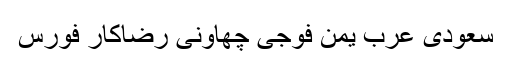
سعودی عرب یمن فوجی چھاونی رضاکار فورس